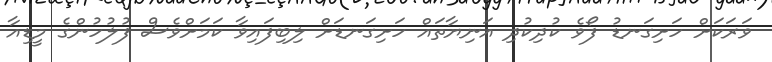
ވަރަކަށް ހަށިގަނޑު ފޯވެ ކުދިކުދި އަނިޔާތައް ހަށިގަނޑަށް ލިބިފައިވާ ކަމަށްވެސް ފުލުހުންގެ މީޑިއާ